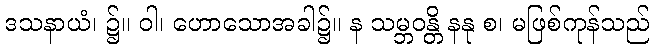
ဒသနာယံ၊ ၌။ ဝါ၊ ဟောသောအခါ၌။ န သမ္ဘဝန္တိ နနု စ၊ မဖြစ်ကုန်သည်